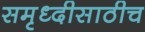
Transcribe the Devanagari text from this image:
समृध्दीसाठीच